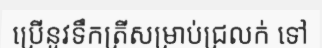
ប្រើនូវទឹកត្រីសម្រាប់ជ្រលក់ ទៅ